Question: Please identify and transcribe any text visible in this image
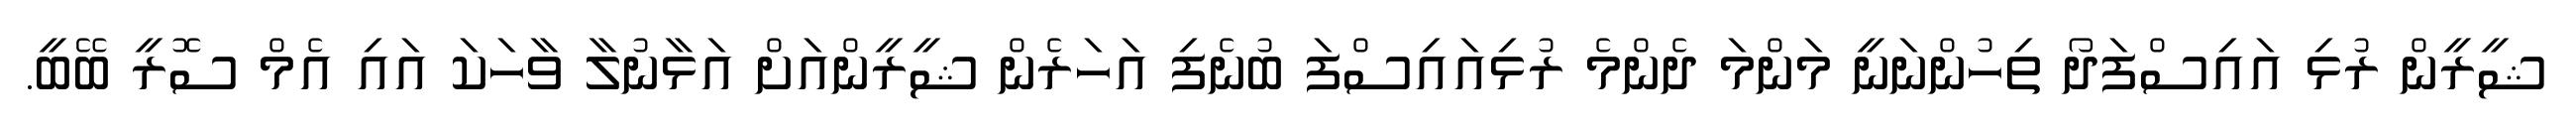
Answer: ޝީރީން ރުޅި އައިސްފަދޯ ތިހުންނަނީ މަންމަ ދެންމެ ރުޅިއައިސްފަ ބުނެފި އަހަރެން ޝީރީންއަށް އަޅާނުލާ ވާހަކަ އައި އެމް ސޮރީ ބޭބީ.